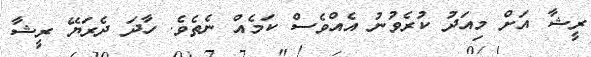
ރީޝާ އަށް މިއަދު ކުރެވުނު އެއްވެސް ކަމެއް ނެތެވެ. ހާދަ ދެރަޔޭ ރީޝާ